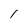
Character: 1